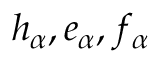
h _ { \alpha } , e _ { \alpha } , f _ { \alpha }